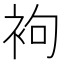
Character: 袧